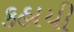
કહાયી